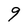
Character: 9